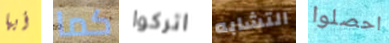
أيها كما اتركوا التشابه احصلوا